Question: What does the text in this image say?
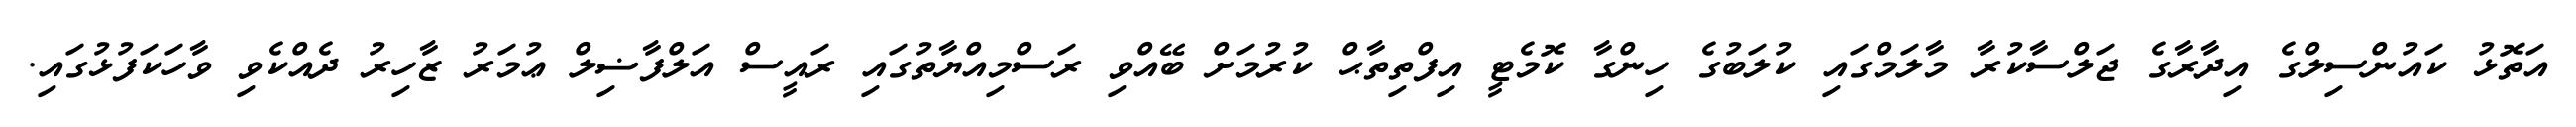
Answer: އަތޮޅު ކައުންސިލްގެ އިދާރާގެ ޖަލްސާކުރާ މާލަމްގައި ކުލަބުގެ ހިންގާ ކޮމެޓީ އިފްތިތާޙް ކުރުމަށް ބޭއްވި ރަސްމިއްޔާތުގައި ރައީސް އަލްފާޟިލް ޢުމަރު ޒާހިރު ދެއްކެވި ވާހަކަފުޅުގައި.